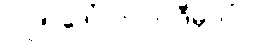
၇.၂၅ ဒေါ်လာပါ။ ဒီမှာပါ။